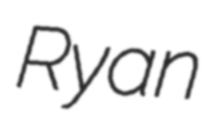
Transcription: Ryan